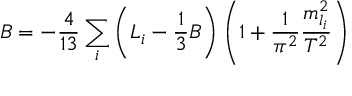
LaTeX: B = - \frac { 4 } { 1 3 } \sum _ { i } \left( L _ { i } - \frac { 1 } { 3 } B \right) \left( 1 + \frac { 1 } { \pi ^ { 2 } } \frac { m _ { l _ { i } } ^ { 2 } } { T ^ { 2 } } \right)